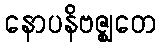
နောပနိဗဇ္ဈတေ